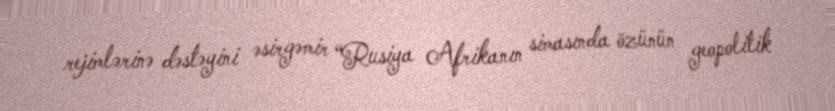
rejimlərinə dəstəyini əsirgəmir “Rusiya Afrikanın simasında özünün geopolitik